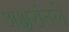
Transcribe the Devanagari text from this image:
अक्षरांतले